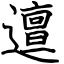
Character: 邅